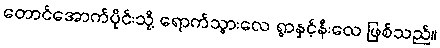
တောင်အောက်ပိုင်းသို့ ရောက်သွားလေ ရွာနှင့်နီးလေ ဖြစ်သည်။